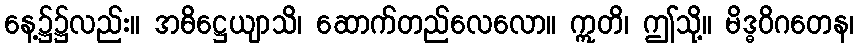
နေ့၌၌လည်း။ အဓိဋ္ဌေယျာသိ၊ ဆောက်တည်လေလော။ ဣတိ၊ ဤသို့။ မိဒ္ဓဝိဂတေန၊